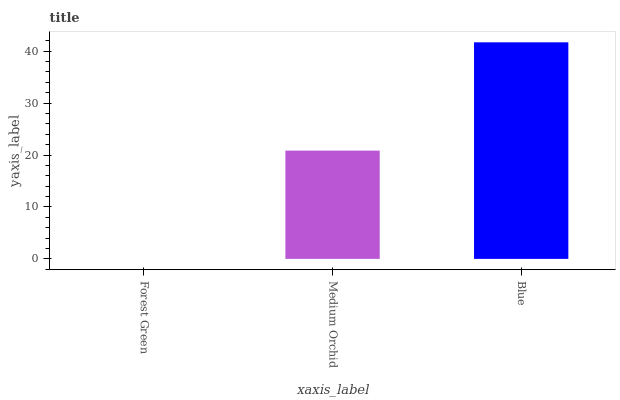
| xaxis_label | bars |
 | --- | --- |
 | Forest Green | 0 |
 | Medium Orchid | 20.8 |
 | Blue | 41.7 |